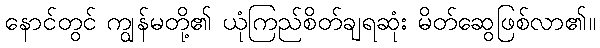
နောင်တွင် ကျွန်မတို့၏ ယုံကြည်စိတ်ချရဆုံး မိတ်ဆွေဖြစ်လာ၏။